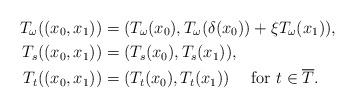
LaTeX: \begin{align*}T_{\omega}((x_0,x_1))&=(T_{\omega}(x_0),T_{\omega}(\delta(x_0))+\xi T_{\omega}(x_1)),\\T_s((x_0,x_1))&=(T_s(x_0),T_s(x_1)),\\T_{t}((x_0,x_1))&=(T_{t}(x_0),T_{t}(x_1))\quad\mbox{ for }t\in\overline{T}.\end{align*}